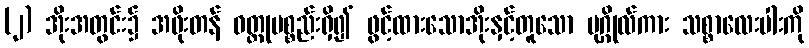
(၂) အိုးအတွင်း၌ အဖိုးတန် ဝတ္ထုပစ္စည်းရှိ၍ ဖွင့်ထားသောအိုးနှင့်တူသော ပုဂ္ဂိုလ်ကား သစ္စာလေးပါးကို